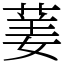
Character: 葁